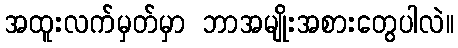
အထူးလက်မှတ်မှာ ဘာအမျိုးအစားတွေပါလဲ။